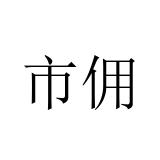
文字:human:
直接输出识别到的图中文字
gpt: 市佣